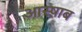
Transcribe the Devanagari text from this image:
आस्षाब